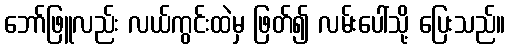
ဘော်ဖြူလည်း လယ်ကွင်းထဲမှ ဖြတ်၍ လမ်းပေါ်သို့ ပြေးသည်။